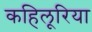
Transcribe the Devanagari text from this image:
कहिलूरिया